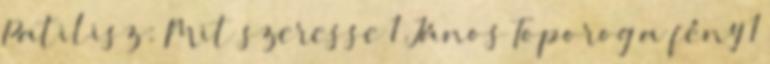
Patilisz: Mit szeresse 1 János Toporog a fény 1